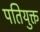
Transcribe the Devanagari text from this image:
पतियुक्त